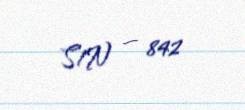
S/N — 842